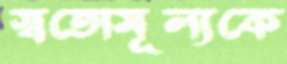
স্বতোমূল্যকে